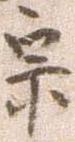
宗